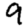
Digit: 9